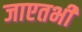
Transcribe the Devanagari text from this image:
जाएतभी